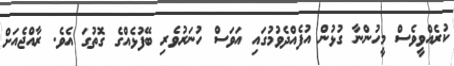
ކުރެއްވީވެސް މީހުންނާ ގުޅުން އުފެއްދެވުމުގައި އަވަސް ހުނަރުވެރި ބޭފުޅެއްގެ ގޮތުގަ އެވެ. ރާއްޖެއަށް